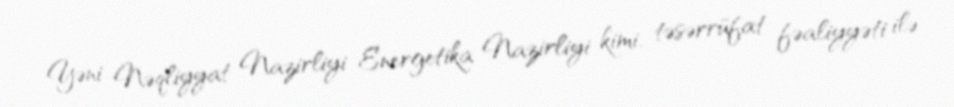
Yəni Nəqliyyat Nazirliyi Energetika Nazirliyi kimi, təsərrüfat fəaliyyəti ilə